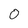
Character: 0